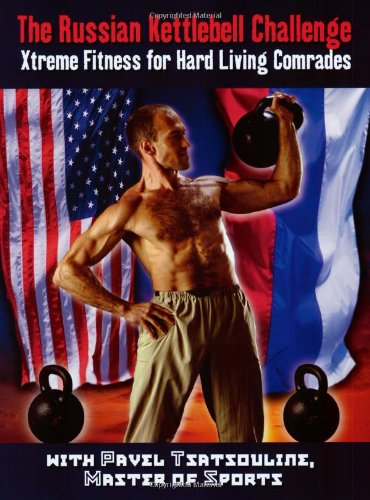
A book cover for The Russian Kettlebell Challenge: Xtreme Fitness for Hard Living Comrades; Pavel Tsatsouline; Health, Fitness & Dieting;